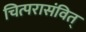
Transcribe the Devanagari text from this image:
चित्परासंवित्